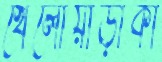
খেলোয়াড়ীকা